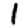
Digit: 1